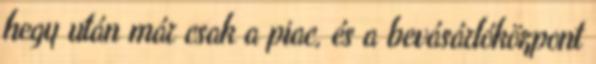
hegy után már csak a piac, és a bevásárlóközpont